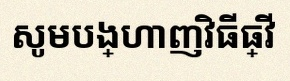
សូមបង្ហាញវិធីធ្វើ